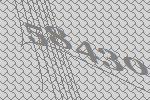
58430